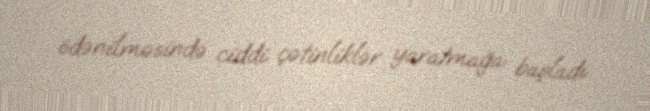
ödənilməsində ciddi çətinliklər yaratmağa başladı.